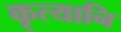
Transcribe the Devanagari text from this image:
कृत्यानि